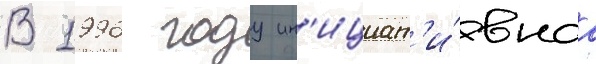
В 1996 году ин'ициат'и́внаа